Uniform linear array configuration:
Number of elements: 24
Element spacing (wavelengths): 1
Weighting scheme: hann
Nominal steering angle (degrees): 0
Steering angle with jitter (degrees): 0.836
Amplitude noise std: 0.05
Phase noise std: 0.05

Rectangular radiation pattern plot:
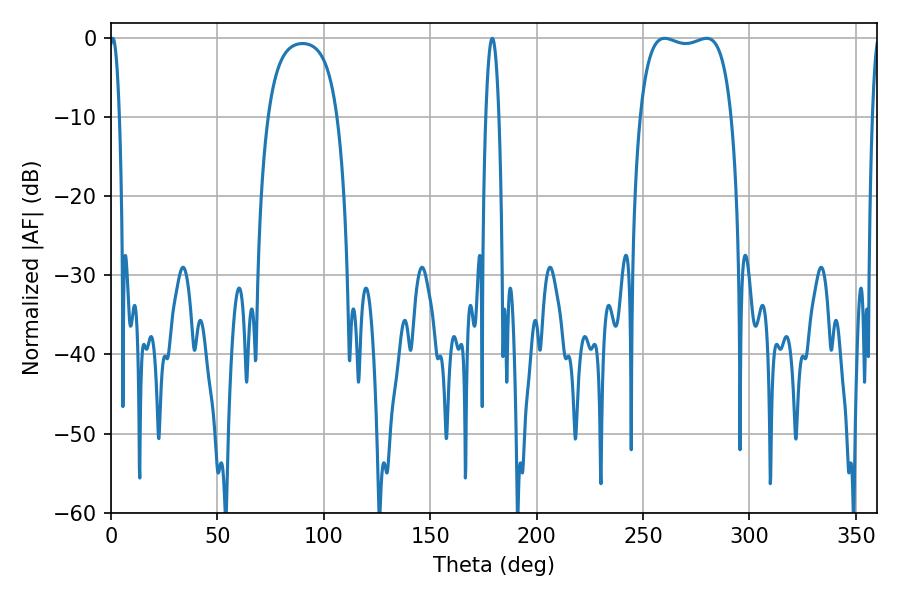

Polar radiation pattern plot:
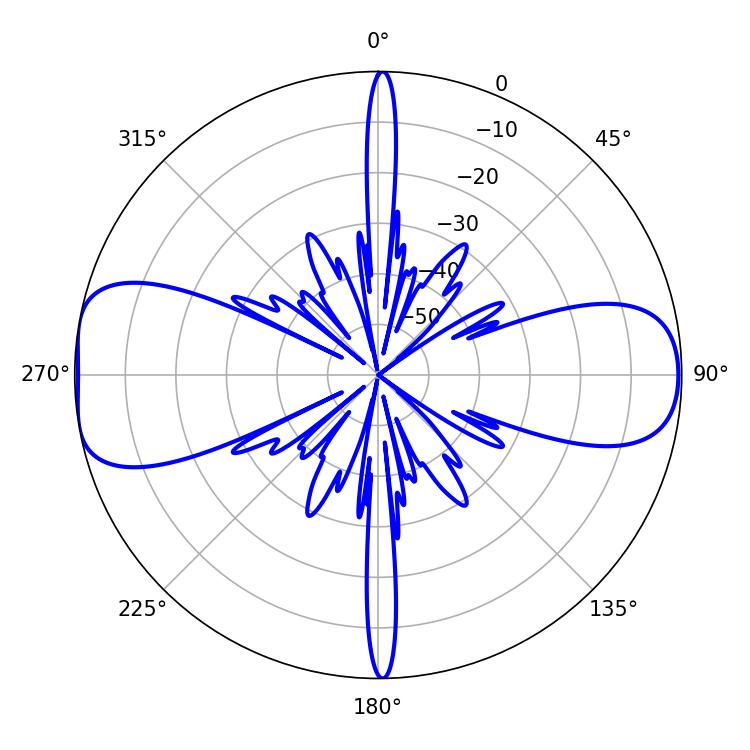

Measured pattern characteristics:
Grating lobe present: TRUE
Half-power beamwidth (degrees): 34.56
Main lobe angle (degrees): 260.1